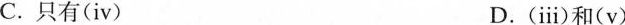
C.只有(ⅳ) D.(ⅲ)和(v)